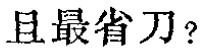
且最省刀？